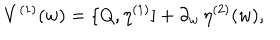
LaTeX: V ^ { ( 1 ) } ( w ) = \{ Q , \eta ^ { ( 1 ) } ] + \partial _ { w } \, \eta ^ { ( 2 ) } ( w ) ,